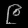
Digit: ၉